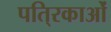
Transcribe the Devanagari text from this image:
पति्रकाओं